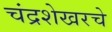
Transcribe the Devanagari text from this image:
चंद्रशेखरचे